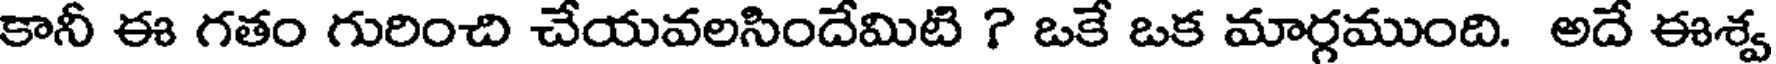
కానీ ఈ గతం గురించి చేయవలసిందేమిటి ? ఒకే ఒక మార్గముంది. అదే ఈశ్వ